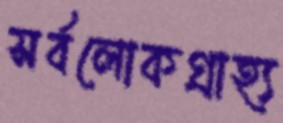
সর্বলোকগ্রাহ্য